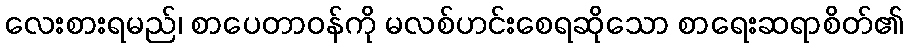
လေးစားရမည်၊ စာပေတာဝန်ကို မလစ်ဟင်းစေရဆိုသော စာရေးဆရာစိတ်၏